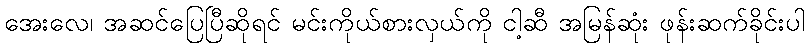
အေးလေ၊ အဆင်ပြေပြီဆိုရင် မင်းကိုယ်စားလှယ်ကို ငါ့ဆီ အမြန်ဆုံး ဖုန်းဆက်ခိုင်းပါ